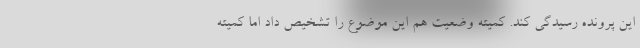
این پرونده رسیدگی کند. کمیته وضعیت هم این موضوع را تشخیص داد اما کمیته